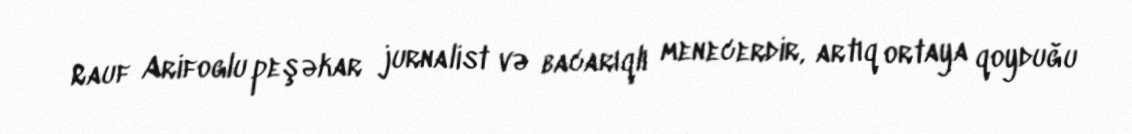
Rauf Arifoglu peşəkar jurnalist və bacarıqlı menecerdir, artıq ortaya qoyduğu